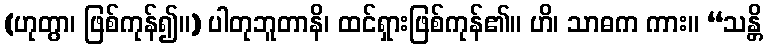
(ဟုတွာ၊ ဖြစ်ကုန်၍။) ပါတုဘူတာနိ၊ ထင်ရှားဖြစ်ကုန်၏။ ဟိ၊ သာဓက ကား။ “သန္တိ